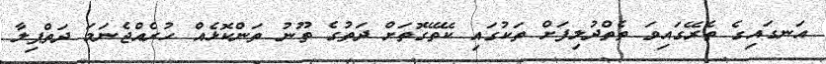
އަނގައިގެ ތެރޭގައިވަ ތެތްދުލިފަށް ތަކުގައި ކޭތޭގޮތަށް ދަތުގެ ތޫނު ތަންކޮޅެއް ހުރެއްޖެނަމަ ދަތްޕިލާ